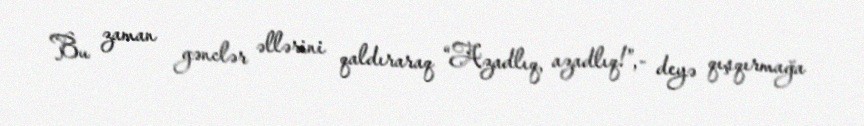
Bu zaman gənclər əllərini qaldıraraq “Azadlıq, azadlıq!”,- deyə qışqırmağa